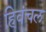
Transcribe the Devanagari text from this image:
हिवंचल